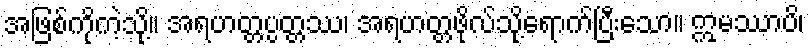
အဖြစ်ကိုကဲ့သို့။ အရဟတ္တပ္ပတ္တဿ၊ အရဟတ္တဖိုလ်သို့ရောက်ပြီးသော။ ဣမဿာပိ၊